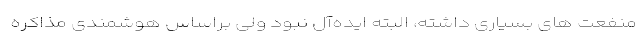
منفعت های بسیاری داشته، البته ایده‌آل نبود ولی براساس هوشمندی مذاکره